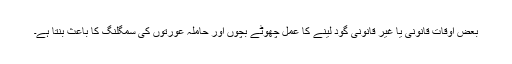
بعض اوقات قانونی یا غیر قانونی گود لینے کا عمل چھوٹے بچوں اور حاملہ عورتوں کی سمگلنگ کا باعث بنتا ہے۔